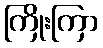
ကြိုးကြာ